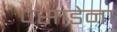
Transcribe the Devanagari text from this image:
पेसाडेना